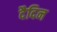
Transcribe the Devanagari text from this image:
दैदिन